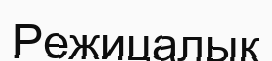
Режицалық